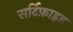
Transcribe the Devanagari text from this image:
सर्टिफ़ाइड